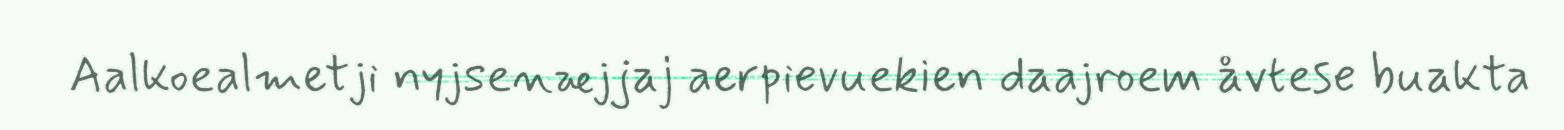
Aalkoealmetji nyjsenæjjaj aerpievuekien daajroem åvtese buakta